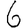
Digit: 6